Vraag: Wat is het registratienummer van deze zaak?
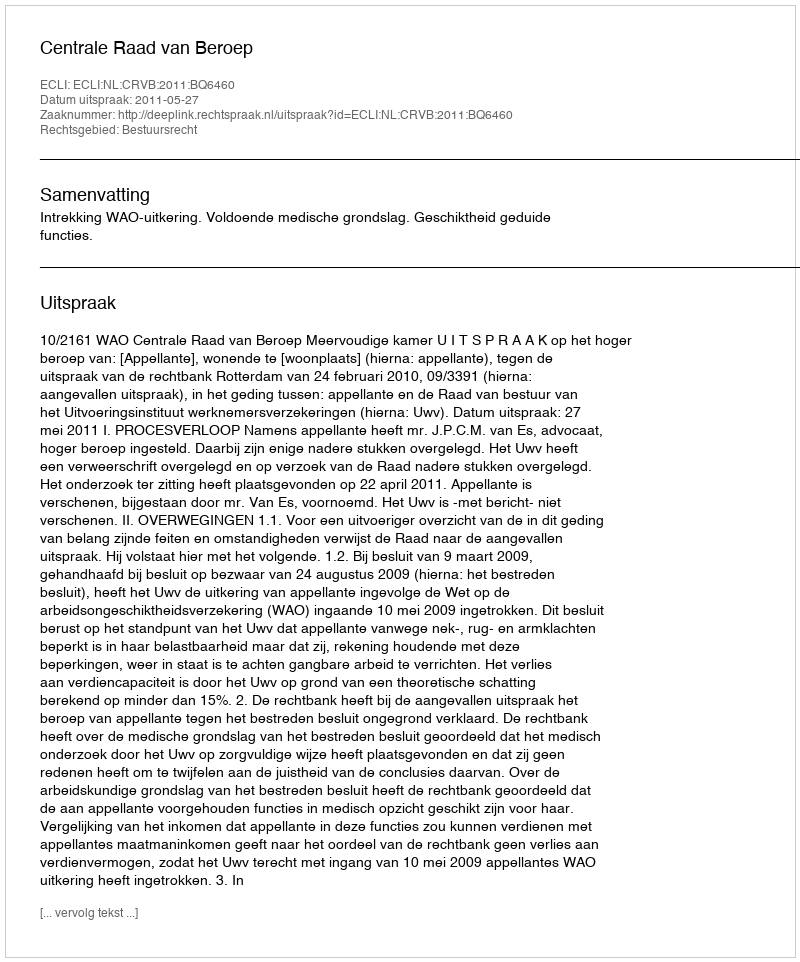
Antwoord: http://deeplink.rechtspraak.nl/uitspraak?id=ECLI:NL:CRVB:2011:BQ6460